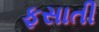
ફસાતી